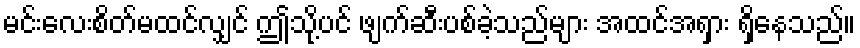
မင်းလေးစိတ်မထင်လျှင် ဤသို့ပင် ဖျက်ဆီးပစ်ခဲ့သည်များ အထင်အရှား ရှိနေသည်။